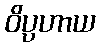
ဝိပ္ပဟာယ